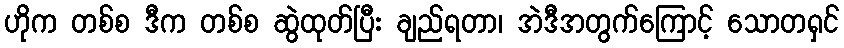
ဟိုက တစ်စ ဒီက တစ်စ ဆွဲထုတ်ပြီး ချည်ရတာ၊ အဲဒီအတွက်ကြောင့် သောတရှင်